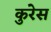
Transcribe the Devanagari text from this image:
कुरेस